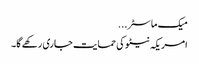
میک ماسٹر ...
امریکہ نیٹو کی حمایت جاری رکھے گا۔